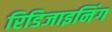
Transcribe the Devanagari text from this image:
रिडिजाइनिंग